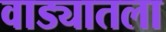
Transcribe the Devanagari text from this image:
वाड्यातला